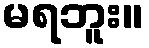
မရဘူး။